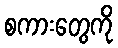
စကားတွေကို